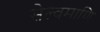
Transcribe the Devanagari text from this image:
सेल्वमाणि